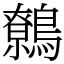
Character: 鷯